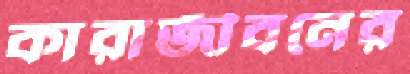
কারাজীবনের